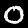
Label: 0